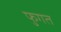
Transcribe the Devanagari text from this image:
फुगत